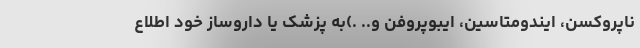
ناپروکسن، ایندومتاسین، ایبوپروفن و.. .)به پزشک یا داروساز خود اطلاع